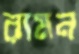
রামন